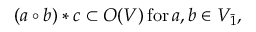
( a \circ b ) * c \subset O ( V ) \, \mathrm { f o r } \, a , b \in V _ { \bar { 1 } } ,